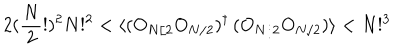
2 ( \frac { N } { 2 } ! ) ^ { 2 } N ! ^ { 2 } < \langle ( O _ { N / 2 } O _ { N / 2 } ) ^ { \dagger } \, ( O _ { N / 2 } O _ { N / 2 } ) \rangle < N ! ^ { 3 }